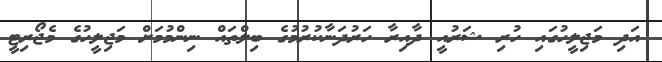
އަދި މަޖިލީހުގައި ހުރި ޝަރުއީ ދާއިރާ ހަރުދަނާކުރުމުގެ ބިލްތައް ނިންމުމަށް މަޖިލީހުގެ މެޖޯރިޓީ